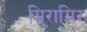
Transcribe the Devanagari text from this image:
मिरामिर